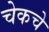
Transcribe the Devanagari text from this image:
चेकचे